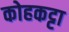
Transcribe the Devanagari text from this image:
कोहकट्टा